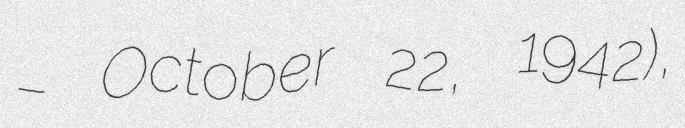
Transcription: – October 22, 1942),